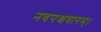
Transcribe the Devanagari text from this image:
नवपञ्चवारम्।